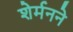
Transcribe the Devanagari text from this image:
शेर्मनने